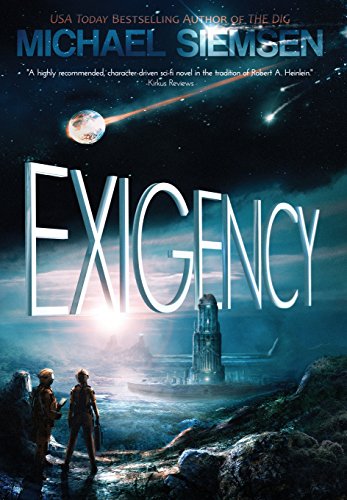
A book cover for Exigency; Michael Siemsen; Science Fiction & Fantasy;